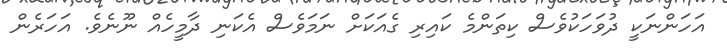
އަހަންނަކީ ދުވަހަކުވެސް ކިތަންމެ ކައިރި ގެއަކަށް ނަމަވެސް އެކަނި ދާމީހެއް ނޫނެވެ. އަހަރެން